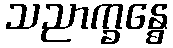
သညာက္ခန္ဓေ